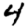
Digit: 4